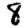
Digit: 8